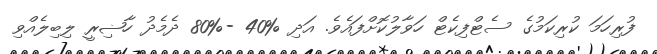
ފުރިހަމަ ކުރިކަމުގެ ސެޓްފިކެޓް ހަވާލުކޮށްފައެވެ. އަދި %40 -%80 ދެމެދު ހާޟިރީ ލިބިލެއްވި